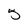
Character: 5